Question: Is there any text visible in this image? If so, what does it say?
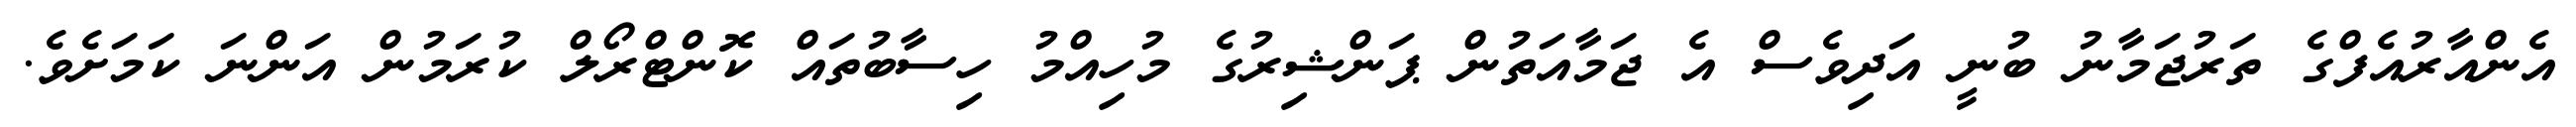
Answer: އެންއާރުއެފްގެ ތަރުޖަމާނު ބުނީ އަދިވެސް އެ ޖަމާއަތުން ޕަންޝިރުގެ މުހިއްމު ހިސާބުތައް ކޮންޓްރޯލް ކުރަމުން އަންނަ ކަމަށެވެ.